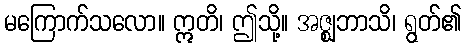
မကြောက်သလော။ ဣတိ၊ ဤသို့။ အဇ္ဈဘာသိ၊ ရွတ်၏